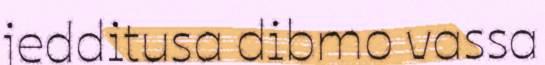
jedditusa dibmo vassa